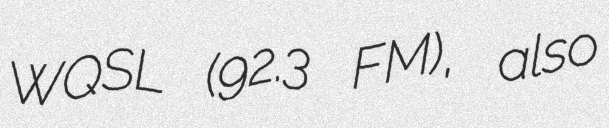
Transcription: WQSL (92.3 FM), also